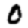
Digit: 0